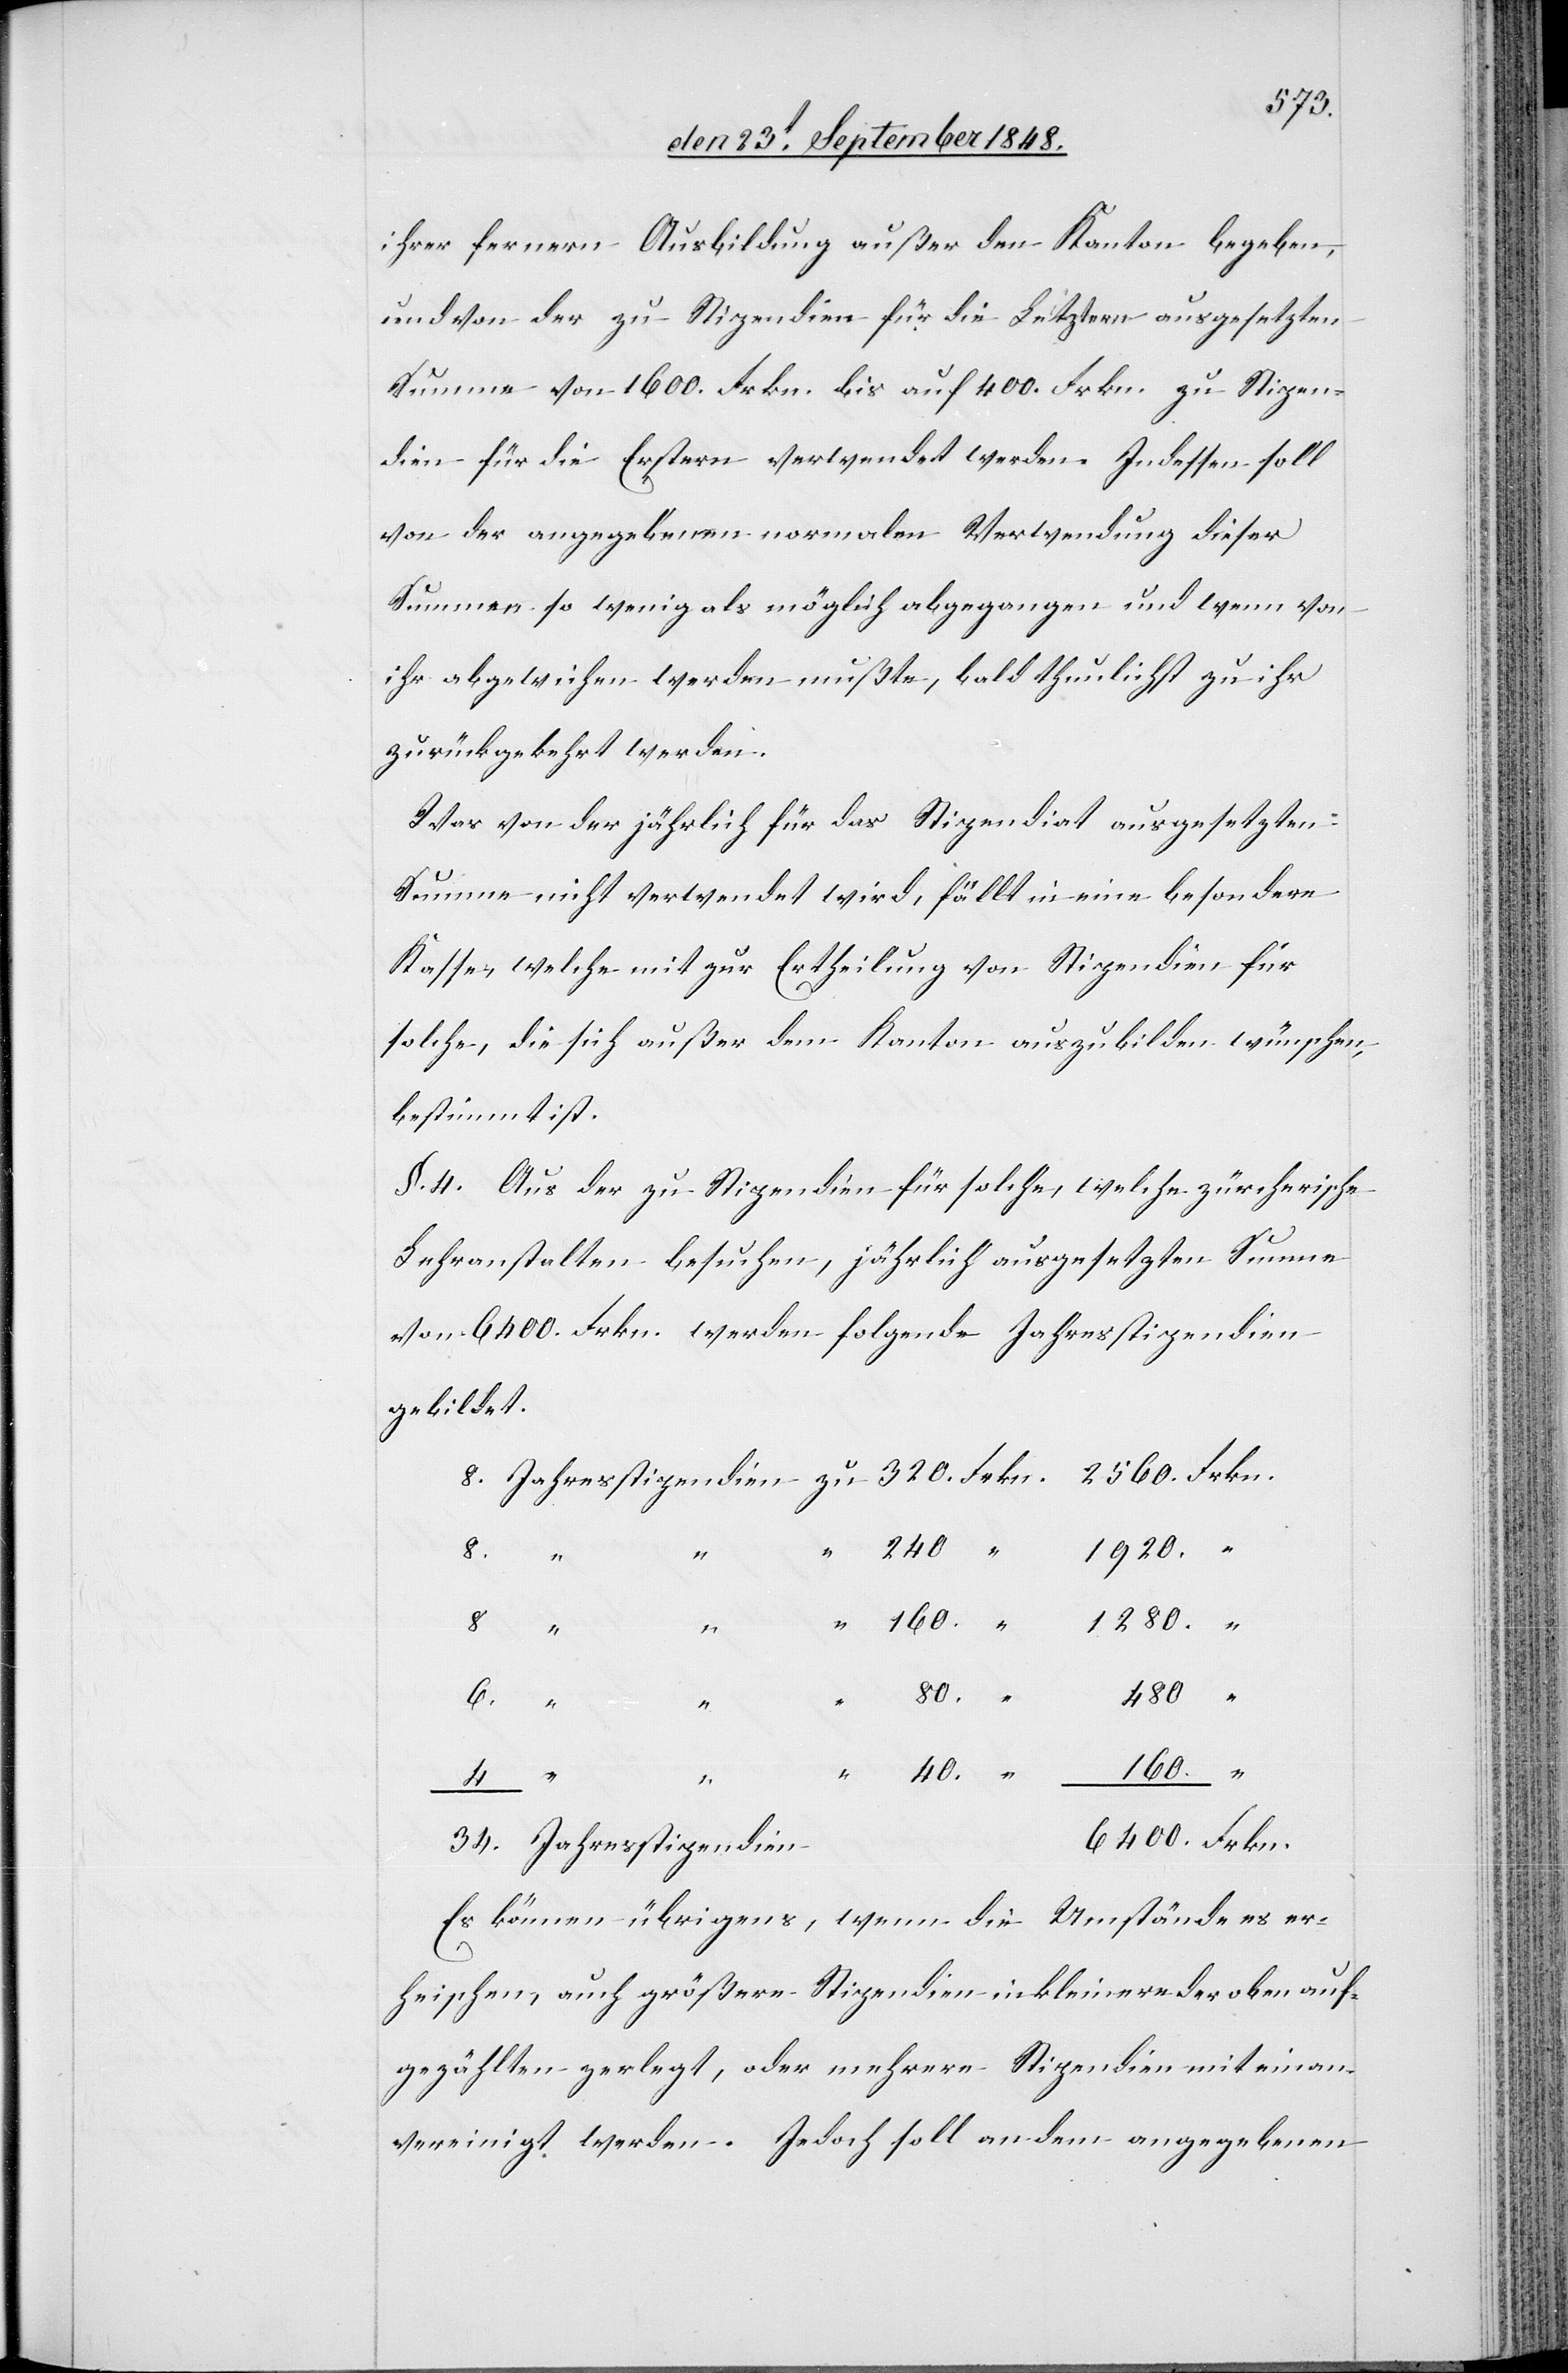
ihrer fernern Ausbildung außer den Kanton begeben,
und von der zu Stipendien für die Letztern ausgesetzten
Summe von 1600 Frkn. bis auf 400. Frkn. zu Stipen¬
dien für die Erstern verwendet werden. Indessen soll
von der angegebenen normalen Verwendung dieser
Summen so wenig als möglich abgegangen und wenn von
ihr abgewichen werden mußte, bald thunlichst zu ihr
zurückgekehrt werden.
Was von der jährlich für das Stipendiat ausgesetzten
Summe nicht verwendet wird, fällt in eine besondere
Kasse, welche mit zur Ertheilung von Stipendien für
solche, die sich außer dem Kanton auszubilden wüschen,
bestimmt ist.
§. 4. Aus der zu Stipendien für solche, welche zürcherische
Lehranstalten besuchen, jährlich ausgesetzten Summe
von 6400. Frkn. werden folgende Jahresstipendien
gebildet.
4.
160.
der
80.
480.
Jahresstipendien
Es können übrigens, wenn die Umstände es er¬
heischen, auch größere Stipendien in kleinere der oben auf¬
gezählten zerlegt, oder mehrere Stipendien mit einan¬
vereinigt werden. Jedoch soll an dem angegebenen